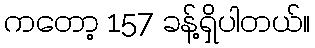
ကတော့ 157 ခန့်ရှိပါတယ်။